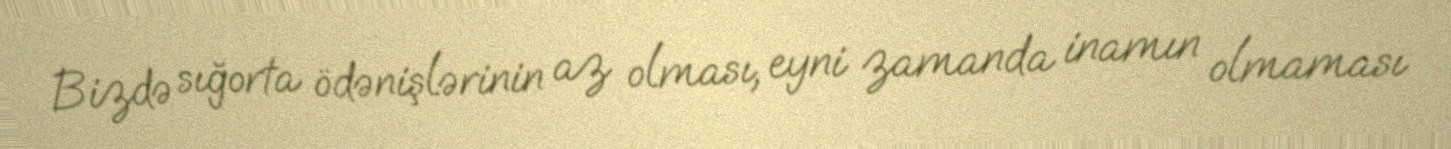
Bizdə sığorta ödənişlərinin az olması, eyni zamanda inamın olmaması